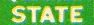
STATE